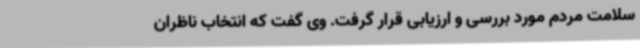
سلامت مردم مورد بررسی و ارزیابی قرار گرفت. وی گفت که انتخاب ناظران